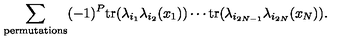
\sum _ { \mathrm { p e r m u t a t i o n s } } ( - 1 ) ^ { P } \mathrm { t r } ( \lambda _ { i _ { 1 } } \lambda _ { i _ { 2 } } ( x _ { 1 } ) ) \cdots \mathrm { t r } ( \lambda _ { i _ { 2 N - 1 } } \lambda _ { i _ { 2 N } } ( x _ { N } ) ) .